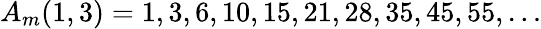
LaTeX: A_{m}(1,3)=1,3,6,10,15,21,28,35,45,55,\ldots